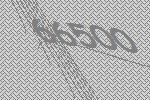
66500